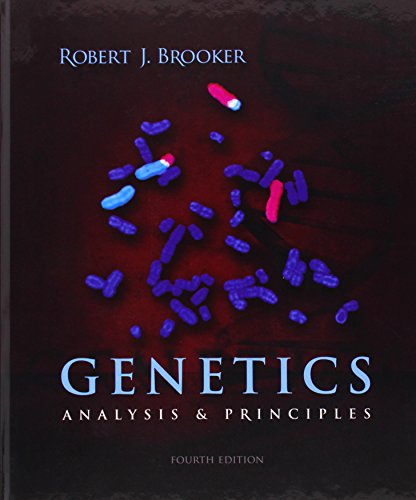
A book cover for Genetics: Analysis and Principles; Robert Brooker; Medical Books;